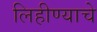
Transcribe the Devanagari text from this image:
लिहीण्याचे